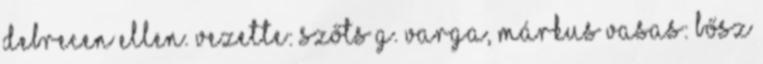
Debrecen ellen. Vezette: Szőts G. Varga, Márkus Vasas: Bősz